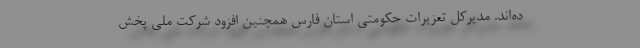
ده‌اند. مدیرکل تعزیرات حکومتی استان فارس همچنین افزود شرکت ملی پخش